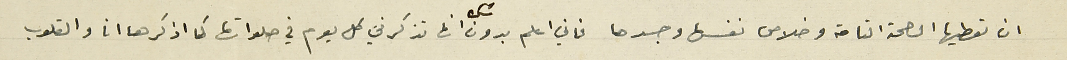
ان تعطيها الصحة التامة وخلاص نفسها وجسدها فاني اعلم بدون شك انها تذكرني كل يوم في صلواتها كما اذكرها انا والقلوب